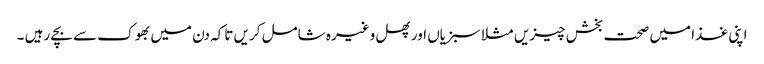
اپنی غذا میں صحت بخش چیزیں مثلا سبزیاں اور پھل وغیرہ شامل کریں تاکہ دن میں بھوک سے بچے رہیں ۔